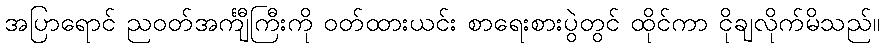
အပြာရောင် ညဝတ်အင်္ကျီကြီးကို ဝတ်ထားယင်း စာရေးစားပွဲတွင် ထိုင်ကာ ငိုချလိုက်မိသည်။